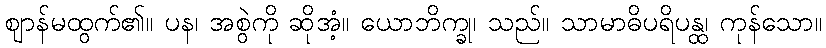
ဈာန်မထွက်၏။ ပန၊ အစွဲကို ဆိုအံ့။ ယောဘိက္ခု၊ သည်။ သာမာဓိပရိပန္ထ၊ ကုန်သော။